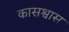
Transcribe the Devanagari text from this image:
कासश्वास